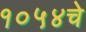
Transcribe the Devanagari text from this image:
१०५४चे